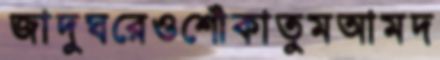
জাদুঘরেওশোঁকাতুমআমদ